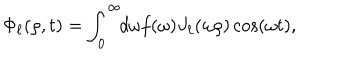
LaTeX: \Phi _ { \ell } ( \rho , t ) = \int _ { 0 } ^ { \infty } \! \! d \omega f ( \omega ) J _ { \ell } ( \omega \rho ) \cos ( \omega t ) ,